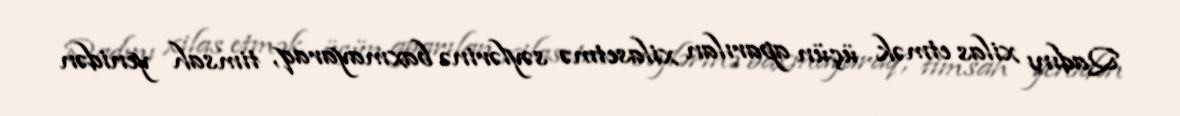
Qadını xilas etmək üçün aparılan xilasetmə səylərinə baxmayaraq, timsah yenidən